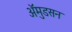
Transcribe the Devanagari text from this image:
अॅमुडसन